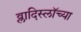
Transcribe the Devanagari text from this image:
व्लादिस्लॉच्या